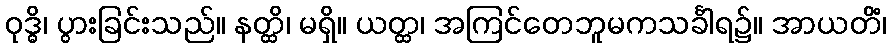
ဝုဒ္ဓိ၊ ပွားခြင်းသည်။ နတ္ထိ၊ မရှိ။ ယတ္ထ၊ အကြင်တေဘူမကသင်္ခါရ၌။ အာယတိံ၊